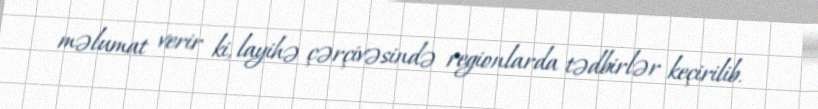
məlumat verir ki, layihə çərçivəsində regionlarda tədbirlər keçirilib.